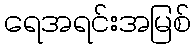
ရေအရင်းအမြစ်